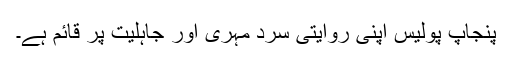
پنجاپ پولیس اپنی روایتی سرد مہری اور جاہلیت پر قائم ہے۔